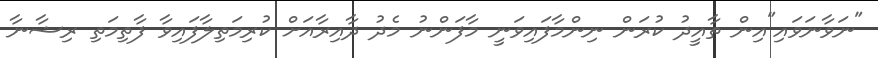
"ނަވާނަވައި"އިން ތާއީދު ކުރަން ނިންމާފައިވަނީ މާފަންނު މެދު ދާއިރާއަށް ކުރިމަތިލާފައިވާ ފާތިމަތި ރިޝާނާ